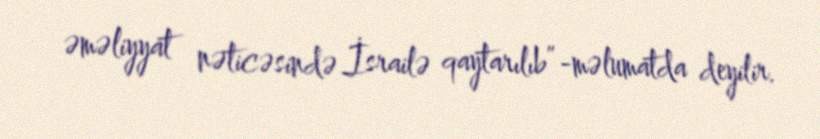
əməliyyat nəticəsində İsrailə qaytarılıb”-məlumatda deyilir.